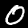
Digit: 0